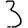
Digit: 3